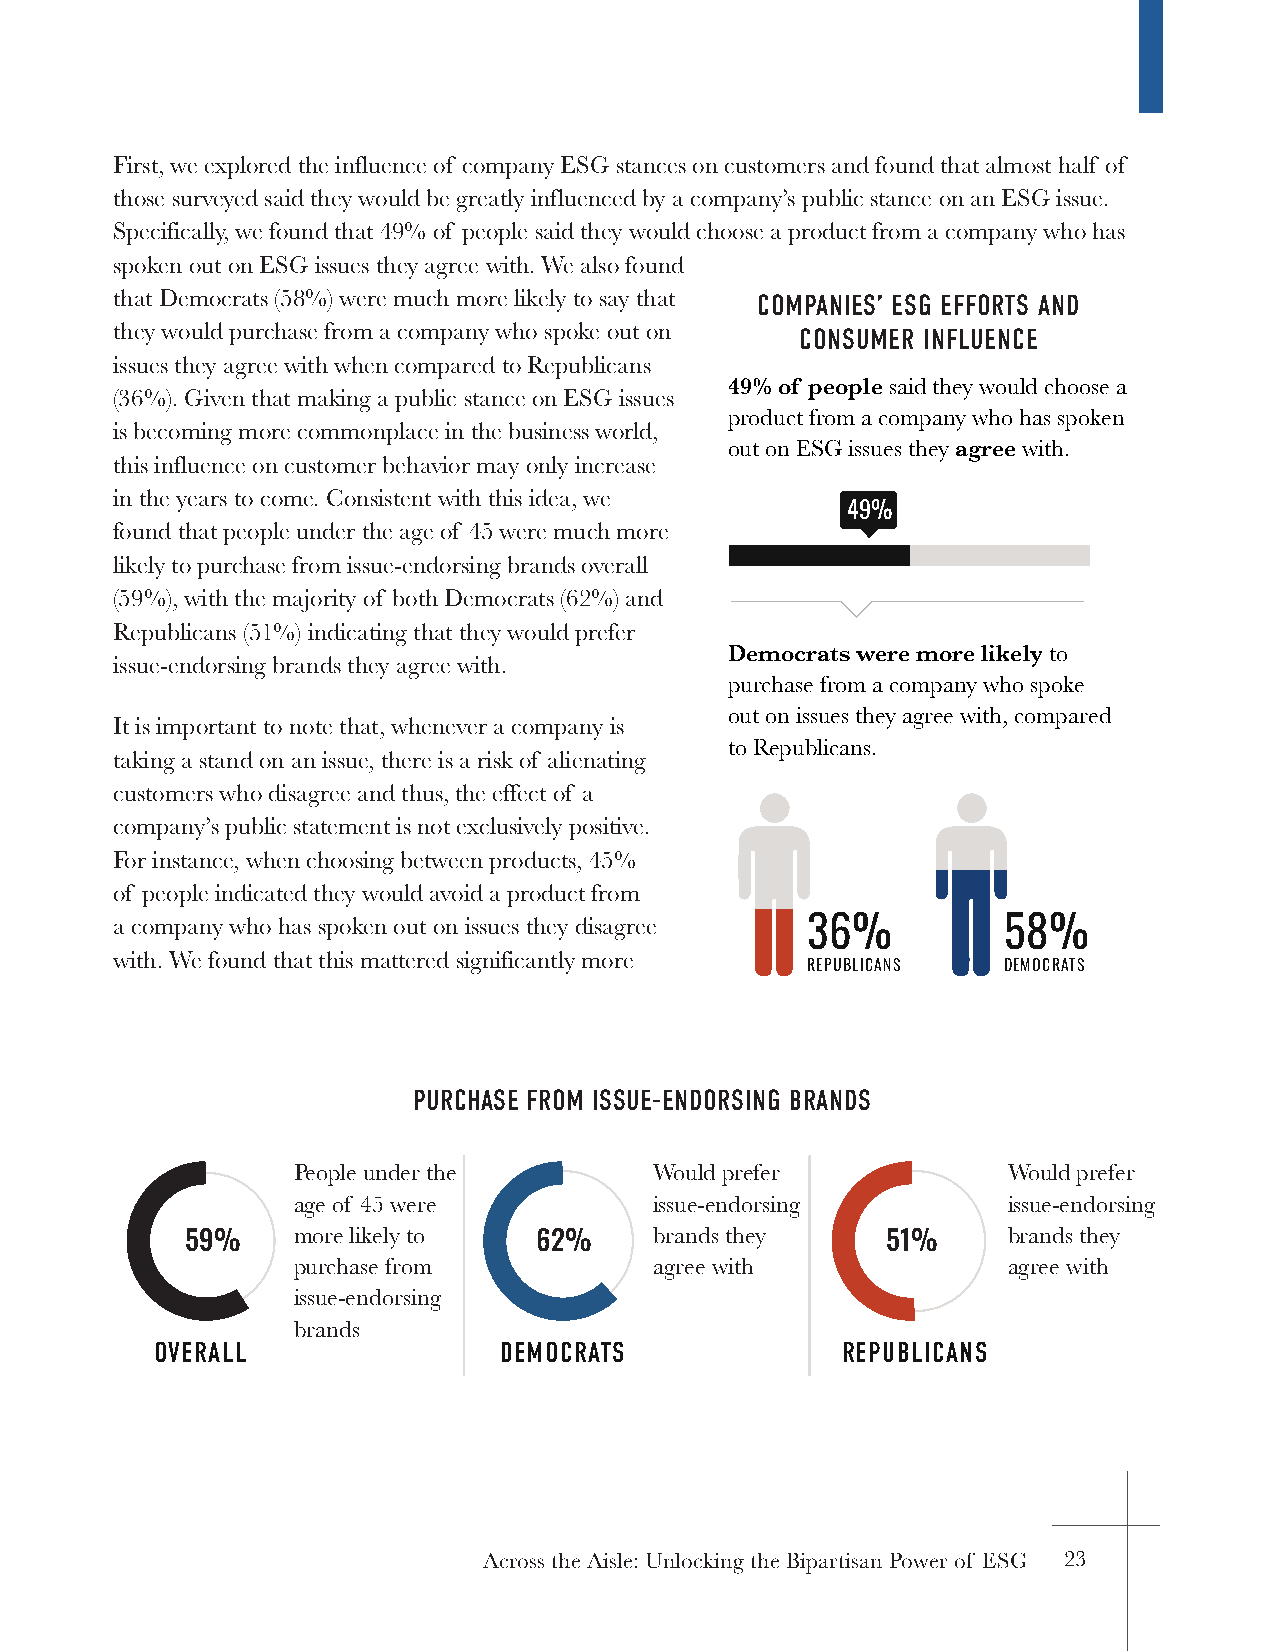
First, we explored the influence of company ESG stances on customers and found that almost half of
 those surveyed said they would be greatly influenced by a company’s public stance on an ESG issue.
 Specifically, we found that 49% of people said they would choose a product from a company who has
 spoken out on ESG issues they agree with. We also found
 that Democrats (58%) were much more likely to say that COCMOPMAPNAINEISE’S E’ SEGS GE FEFFOFORRTTSS A ANNDD
 they would purchase from a company who spoke out on CONSUCMOENRS UINMFELRU IENNFCLUEENCE
 issues they agree with when compared to Republicans
 49% of people said they would choose a
 (36%). Given that making a public stance on ESG issues
 product from a company who has spoken
 is becoming more commonplace in the business world,
 out on ESG issues they agree with.
 this influence on customer behavior may only increase
 in the years to come. Consistent with this idea, we
 49%
 found that people under the age of 45 were much more
 likely to purchase from issue-endorsing brands overall
 (59%), with the majority of both Democrats (62%) and
 Republicans (51%) indicating that they would prefer
 Democrats were more likely to
 issue-endorsing brands they agree with.
 purchase from a company who spoke
 out on issues they agree with, compared
 It is important to note that, whenever a company is
 to Republicans.
 taking a stand on an issue, there is a risk of alienating
 customers who disagree and thus, the effect of a
 company’s public statement is not exclusively positive.
 For instance, when choosing between products, 45%
 of people indicated they would avoid a product from
 a company who has spoken out on issues they disagree 36%   58%
 with. We found that this mattered significantly more
 REPUBLICANS  DEMOCRATS
 PURCHASE FROM ISSUE-ENDORSING BRANDS
 People under the        Would prefer            Would prefer
 age of 45 were          issue-endorsing         issue-endorsing
 59%    more likely to  62%     brands they     51%     brands they
 purchase from           agree with              agree with
 issue-endorsing
 brands
 OVERALL                DEMOCRATS              REPUBLICANS
 Across the Aisle: Unlocking the Bipartisan Power of ESG 23